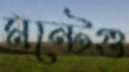
মন্টেগু